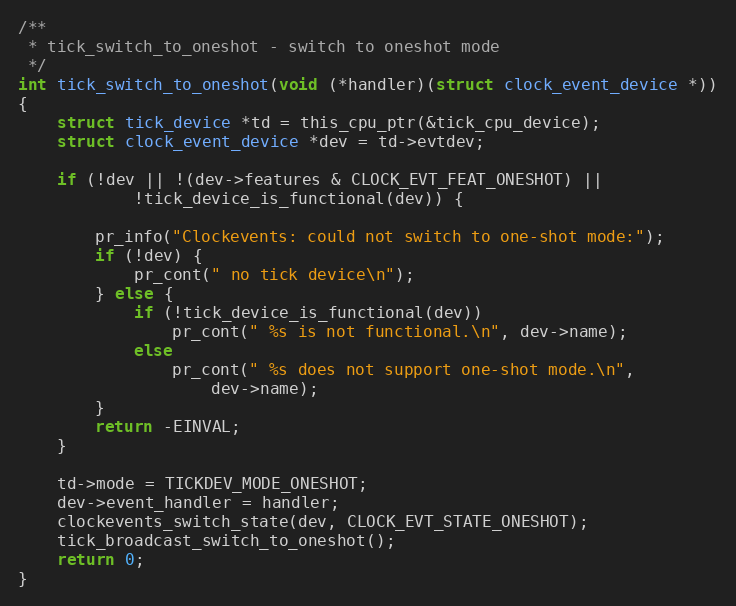
Language: C
/**
 * tick_switch_to_oneshot - switch to oneshot mode
 */
int tick_switch_to_oneshot(void (*handler)(struct clock_event_device *))
{
	struct tick_device *td = this_cpu_ptr(&tick_cpu_device);
	struct clock_event_device *dev = td->evtdev;

	if (!dev || !(dev->features & CLOCK_EVT_FEAT_ONESHOT) ||
		    !tick_device_is_functional(dev)) {

		pr_info("Clockevents: could not switch to one-shot mode:");
		if (!dev) {
			pr_cont(" no tick device\n");
		} else {
			if (!tick_device_is_functional(dev))
				pr_cont(" %s is not functional.\n", dev->name);
			else
				pr_cont(" %s does not support one-shot mode.\n",
					dev->name);
		}
		return -EINVAL;
	}

	td->mode = TICKDEV_MODE_ONESHOT;
	dev->event_handler = handler;
	clockevents_switch_state(dev, CLOCK_EVT_STATE_ONESHOT);
	tick_broadcast_switch_to_oneshot();
	return 0;
}